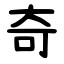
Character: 奇